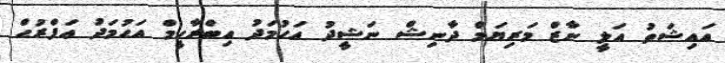
އައިޝަތު އަލީ ނާޒް މަރިޔަމް ދާނިޝް ނަޝީދު އަހުމަދު އިބްރާހީމް އަޙުމަދު ޢަފްރުޙް